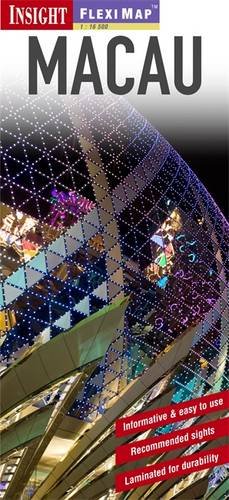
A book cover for Insight Flexi Map: Macau; aa vv; Travel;